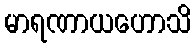
မာရဏာယဟောသိ